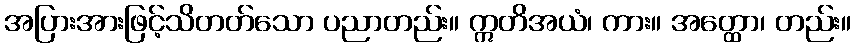
အပြားအားဖြင့်သိတတ်သော ပညာတည်း။ ဣတိအယံ၊ ကား။ အတ္ထော၊ တည်း။